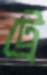
ট্রে